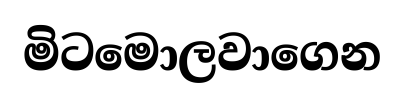
මිටමොලවාගෙන